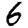
Digit: 6